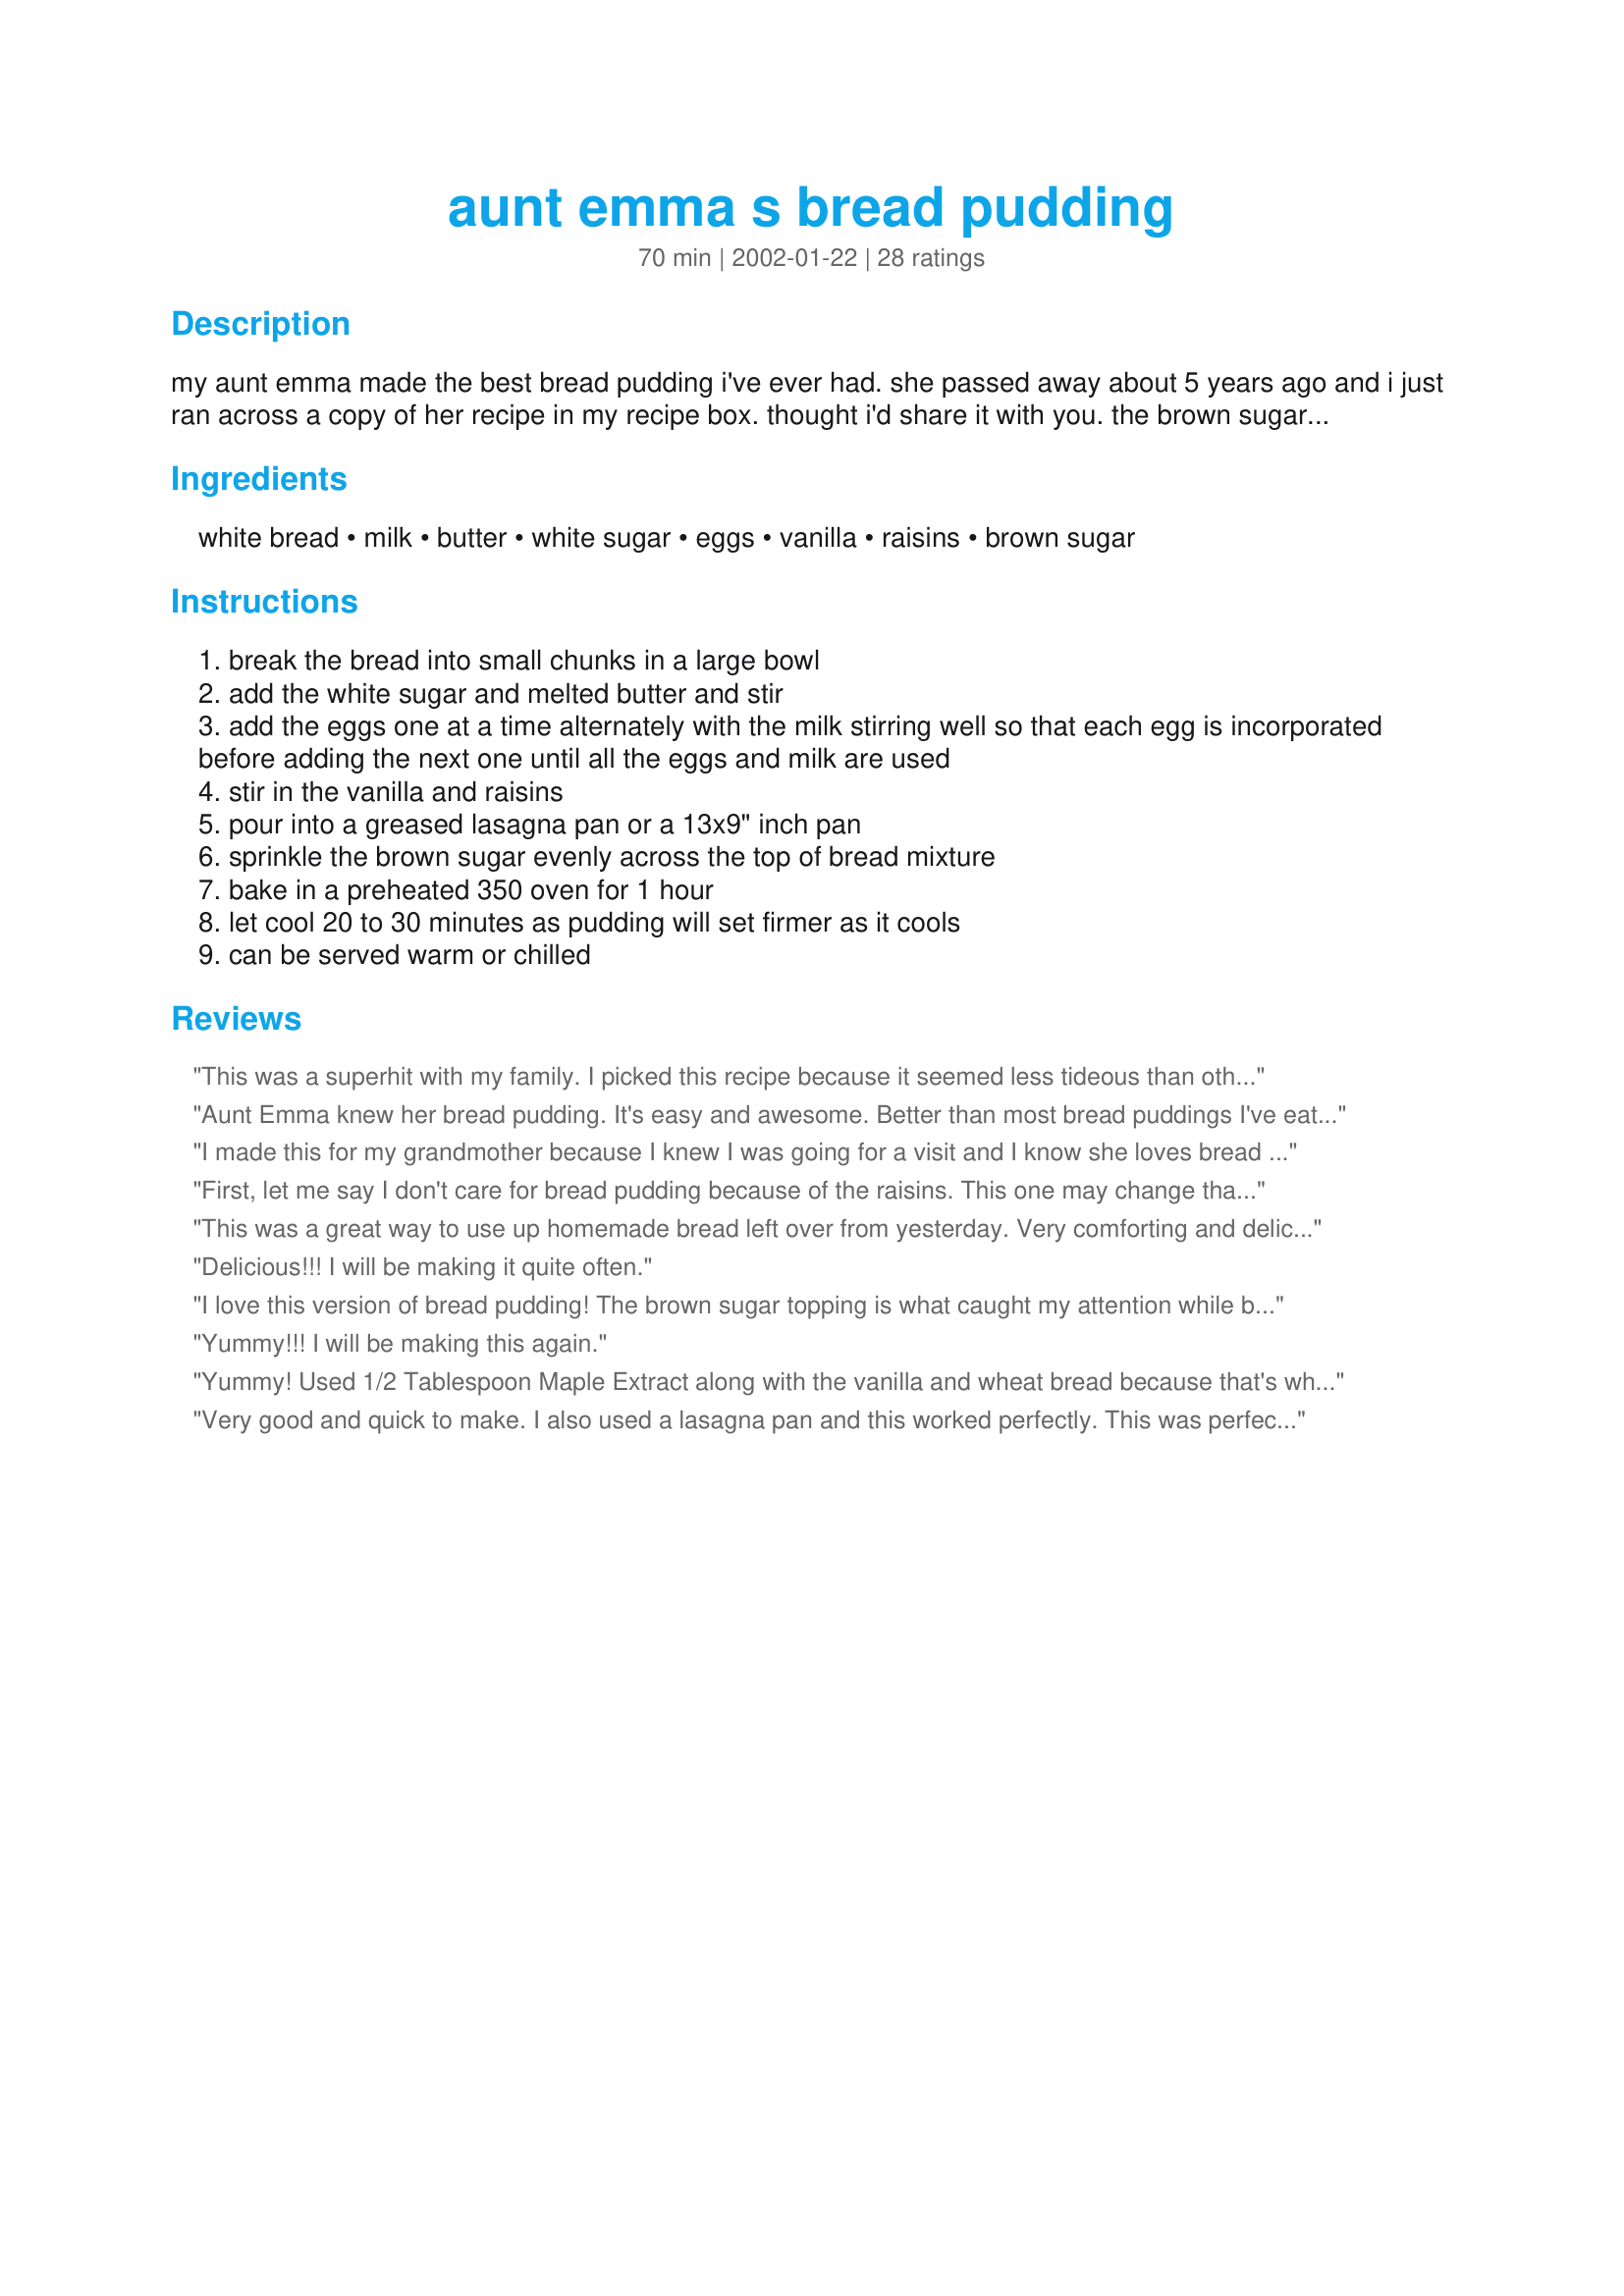
aunt emma s bread pudding
Preparation time: 70 minutes

my aunt emma made the best bread pudding i've ever had. she passed away about 5 years ago and i just ran across a copy of her recipe in my recipe box. thought i'd share it with you. the brown sugar melts as it bakes on top so it kind of has a caramelized sauce built in. crumble the brown sugar over the top between your fingers so it doesn't all sink.

Ingredients:
white bread, milk, butter, white sugar, eggs, vanilla, raisins, brown sugar

Steps:
break the bread into small chunks in a large bowl
add the white sugar and melted butter and stir
add the eggs one at a time alternately with the milk stirring well so that each egg is incorporated before adding the next one until all the eggs and milk are used
stir in the vanilla and raisins
pour into a greased lasagna pan or a 13x9" inch pan
sprinkle the brown sugar evenly across the top of bread mixture
bake in a preheated 350 oven for 1 hour
let cool 20 to 30 minutes as pudding will set firmer as it cools
can be served warm or chilled

Reviews:
This was a superhit with my family. I picked this recipe because it seemed less tideous than others that have way too many ingredients. I used wheat bread and didn't include the raisins. I love when a recipe is easy to prepare and delicious at the same time. I was asked for both the recipe and to make it again this week!
Aunt Emma knew her bread pudding. It's easy and awesome. Better than most bread puddings I've eaten. Thanks so much for this recipe. It's my new go to bread pudding!
I made this for my grandmother because I knew I was going for a visit and I know she loves bread pudding. She loved it, as did I. I followed your directions without change and used a whole loaf of Recipe #144544 (made the days before). My DH claims he hates bread pudding, but he felt it smelt so good while baking that he would try a bite. I later caught him with a huge bowl of bread pudding, so the recipe is definitely a keeper! Thanks 1Steve for posting your Aunt's recipe!
First, let me say I don't care for bread pudding because of the raisins. This one may change that. This is absolutely delicious. I'm making bread puddings for a terminally ill lady, and I'm trying to find all that I can. This was the first. I can imagine she is going to love this, because I sure know I loved the little one I made for me to just taste. Thanks, Aunt Emma, for passing on a delicious recipe.
This was a great way to use up homemade bread left over from yesterday. Very comforting and delicious. Thanks!
Delicious!!!
I will be making it quite often.
I love this version of bread pudding! The brown sugar topping is what caught my attention while browsing recipes and I'm so glad it did. It gave it almost a sweet roll flavor; next time I'll add cinnamon and see if it bumps up the cinnamon roll impression. I put my 9x13 on a cookie sheet, just in case it cooked over but had no problems. It was a definite favorite with everyone in the family, from the 1 yr old on up. Thanks so much for sharing Aunt Emma's recipe with us. :)
Yummy!!! I will be making this again.
Yummy! Used 1/2 Tablespoon Maple Extract along with the vanilla and wheat bread because that's what hubby likes. Was a great bread pudding, thanks!
Very good and quick to make. I also used a lasagna pan and this worked perfectly. This was perfect for that evening sweet tooth that my family gets sometimes. I will be making this one again.
Very rustic and easy to make with items that are readily found in the pantry. I added a touch of cinnamon to my dish. Its definately best warm with just a little heavy cream poured on top!
what a wonderful recipe!!! I omitted the raisins because we have a few family members that truly hate raisns. Golden crunchy goodness on the outside, warm gooey goodness on the inside.
My sister made this and it is sooo good! Great warm or cold! She put more raisins in it because we all love raisins. Thanks for sharing it with us!
Great recipe! Even my 88 year old mother loved it. Just for everyone's info...there's a great recipe for a wonderful praline sauce that goes perfectly on this! It's #135402. 
I made this one time as the recipe called, and the second time added cinnamon to the sugar mix and it too was great! Thank you!
Awesome! I made this today for the third time and it is still great. The flavor is unbelievable and it tastes good hot or cold. Serve it with some vanilla bean ice cream and its a great treat.
This was wonderful!! Made two 9x13 pans yesterday and it was a hit in both households. Per batch I used a loaf of Walmart french bread cut into 1" squares, crust and all! I also added 1 TBSP of cinnamon and about a heaping half tsp of allspice and nutmeg. I also had a qt of half&half I needed to use so I used 2 cups of it and 2 cups of milk per batch. I took Tom's advise and mixed all the ingredients then poured on bread. Gave a quick toss and allowed the bread to soak up the liquid then placed in oven. Pure perfection!! Loved the little crunch of the brown sugar on top! My son and I had some for breakfast cold right of fridge! YUM!! Thank you for submitting.
My husband had bread pudding at a restaurant years ago, but we had never been able to find a good recipe. I fixed this one for a couple's group dinner and it was a hit with everyone!
Thanks to your Aunt Emma for a wonderful recipe. I've never made bread pudding so was looking for an easy recipe and started looking through the over 700 available when I came across your Aunt Emma's. It was fast and easy to make, no water bath or fussing. It looks and tastes great. I had a number of friends try it so it wasn't just me giving the review and they also loved it. Thanks again.
This was very good. I halved the recipe and used leftover homemade dinner rolls instead of a loaf of bread. Came out very smooth rather than having chunks of bread with an egg custard over the top. Next time I may skip the brown sugar or at least cut back on it - I liked the middle parts better than the parts with sugar on them.
This was a tasty, basic bread pudding. I did enjoy it, although I have had better. Thanks for posting.
This didn't last 10 minutes once it was out of the oven! I used 1 Tbsp. of vanilla, some cinnamon and a dash of nutmeg and it was wonderful.
I don't eat bread pudding very often, but I had a lot of bread I was trying to use up and so I thought I would try this. I used whole wheat bread (as that is all I had) and it turned out great! All of the guests at my party raved about it. One note: be sure to use a VERY large bowl to mix the ingredients. I also made this ahead of time which worked out fine except that I would sprinkle the brown sugar on right before I place it in the oven next time.
Very good, I am eating it as I type. I did make the following changes, warmed the milk and butter together, added 1/2 ts cinnamon and a dash of nutmeg. 
I then topped it with a vanilla glaze that consist of 1/2 c of sugar, 1/2 c brown sugar, 1/2 c whipping cream, 1 1/2 tea of vanilla boiled to a glaze. Absolutely delicious.
Delicious! This is by far the best bread pudding I have ever had. I had a coupon for a loaf of free bread--and although it was the family size I only used about half the loaf. I also ran out of vanilla when I was making this recipe so I only used about 1 tsp of vanilla instead of the required amount. We had this cold, which is the way we like pudding. Thanks 1Steve for posting this keeper recipe. We will be making it often.
WOW! This was great! I have an ocean-side restaurant's bread pudding recipe which uses sourdough bread. Since I didn't have any sourdough bread on hand, instead I used 2 c. of buttermilk and 2 cups of milk to add a more "tart" flavor. Also added a pinch of salt and some cinnamon...YUMMY! Served it warm and topped with caramel topping. Thanks to you, Steve, and your Aunt Emma for a wonderful recipe!
This is so yummy! It was very easy to make and everyone loved it at the party! I made it with Paula Dean's brandy sauce for bread pudding. I will make this again!
This is very good! I made half a recipe in an 8 by 8-inch pan. (I could probably have used a somewhat smaller pan.) I did sprinkle some cinnamon over the bread, and we enjoyed the pudding cold. Thank you for this recipe.
Doing the egg/milk thing was a little too taxing for me so I dumped the milk, eggs, and vanilla in a bowl...Added a little cinnamon just for fun...Mixed it up a bit and dumped it on the bread...

Used dark brown sugar...

Perfect...
